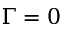
\Gamma = 0